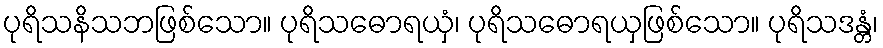
ပုရိသနိသဘဖြစ်သော။ ပုရိသဓောရယှံ၊ ပုရိသဓောရယှဖြစ်သော။ ပုရိသဒန္တံ၊